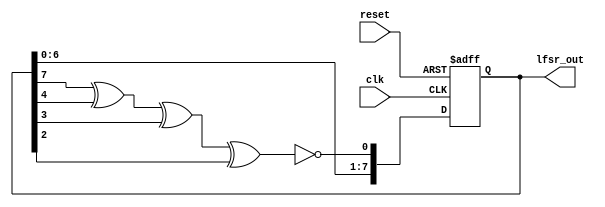
module lfsr_internal_xor(
    input clk,
    input reset,
    output reg [7:0] lfsr_out
);

reg [7:0] lfsr_reg;

always @(posedge clk or posedge reset) begin
    if (reset)
        lfsr_reg <= 8'b00000001; // Initial seed value
    else begin
        lfsr_reg[7:1] <= lfsr_reg[6:0];
        lfsr_reg[0] <= lfsr_reg[7] ^ lfsr_reg[4] ^ lfsr_reg[3] ^ lfsr_reg[2] ^ 1'b1;
    end
end

assign lfsr_out = lfsr_reg;

endmodule